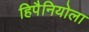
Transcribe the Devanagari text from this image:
हिपैनियोला